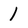
Character: 1